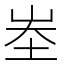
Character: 峚